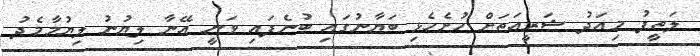
ލަތީފު މިއަދު ޝަރީއަތަށް ހުށެހެޅި ބަޔާނުގައި ބުނެފައި ވަނީ އޭނާ ލިޔުނު ލިޔުމާމެދު